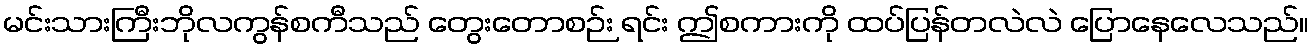
မင်းသားကြီးဘိုလကွန်စကီသည် တွေးတောစဉ်း ရင်း ဤစကားကို ထပ်ပြန်တလဲလဲ ပြောနေလေသည်။